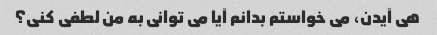
هی آیدن، می خواستم بدانم آیا می توانی به من لطفی کنی؟